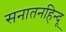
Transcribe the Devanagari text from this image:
सनातनहिन्दू